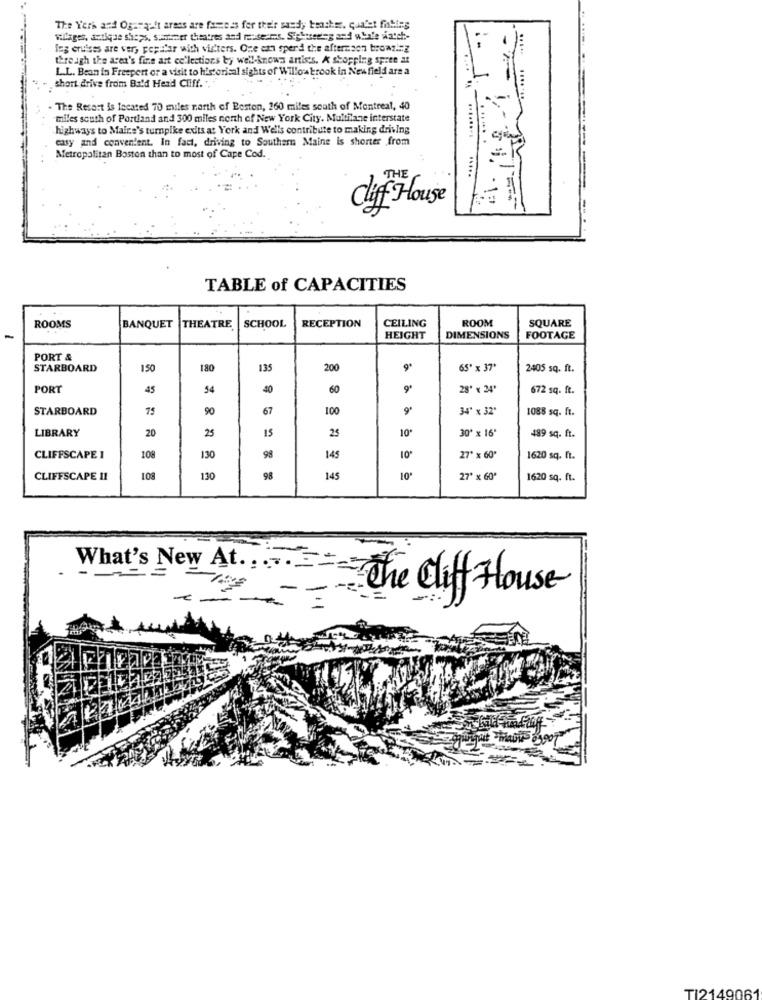
The Yer's and Oganacht areas are famous for their sandy beachsr. qualet fitting
wallages, detique shops, spartner theatres and ressens. Siehtsedeg and wbnle watch-
Ieg cruises are very popular with visters. One can sperd the afternoon browz .: Z
through the area's fine art cc'lections by well-known antists. A shopping spree at
L.L. Bean in Freepert or a visit to historical sights of Willowbrook in New field are a
short drive from Bald Head Cliff. ..
-
.......
. The Resort is located 70 miles north of Boston, 260 miles south of Montreal, 40
miles south of Portland and 300 miles north of New York City. Multilane interstate
highways to Males's turnpike exits at York and Well's contribute to making driving
casy and convenient. In fact, driving to Southern Maine is shorter from
Metropolitan Boston than to most of Cape Cod.
THE
- 1:
Clif House
TABLE of CAPACITIES
CEILING
ROOM
SQUARE
ROOMS
BANQUET
THEATRE
SCHOOL
RECEPTION
-
HEIGHT
DIMENSIONS
FOOTAGE
PORT &
STARBOARD
150
180
135
200
9*
65' x 37'
2405 sq. ft.
PORT
45
54
40
60
28" × 24'
672 sq. ft.
STARBOARD
75
90
67
100
34' x 32'
1088 sq. ft.
LIBRARY
25
15
25
10*
30" x 16'
489 sq. fr.
20
CLIFFSCAPE 1
108
130
98
145
27' x 60"
1620 sq. ft.
CLIFFSCAPE 11
108
130
98
145
10ª
27' x 60º
1620 sq. ft.
What's New At .... The Cliff House
1.1
TI214906